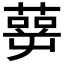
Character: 𰱹